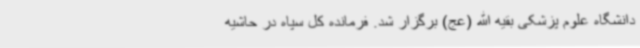
دانشگاه علوم پزشکی بقیه الله (عج) برگزار شد. فرمانده کل سپاه در حاشیه